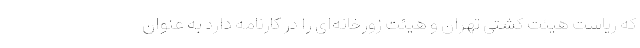
که ریاست هیئت کشتی تهران و هیئت زورخانه‌ای را در کارنامه دارد به عنوان